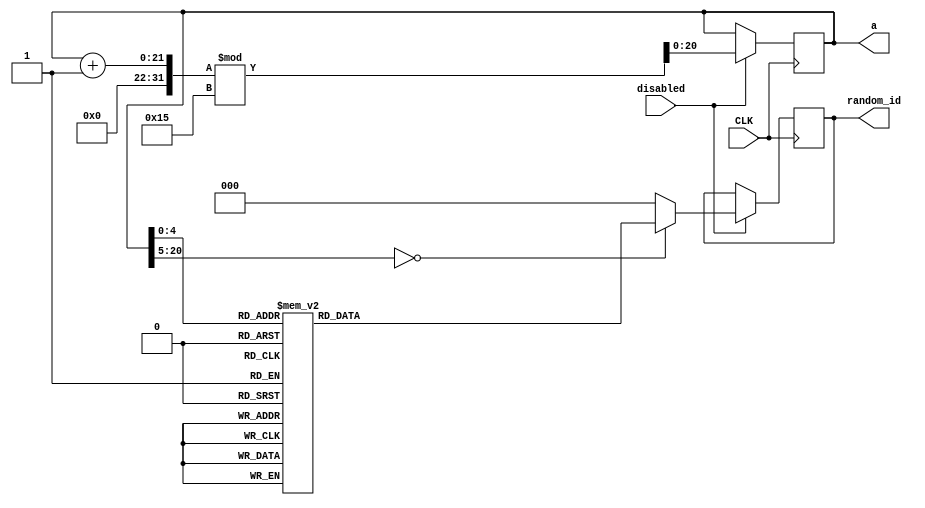
module generate_block(CLK, disabled, a, random_id);
	input CLK, disabled;
	output reg [20:0]a;
	output reg [2 : 0] random_id;
	
	initial 
	begin
		a = 0;
	end
	always@(posedge CLK) begin
		if (!disabled)
			random_id = random_id;
		else
		begin
			case(a) 
				0 :random_id = 3'd3;
				1 :random_id = 3'd6;
				2 :random_id = 3'd5;
				3 :random_id = 3'd1;
				4 :random_id = 3'd2;
				5 :random_id = 3'd0;
				6 :random_id = 3'd4;
				7 :random_id = 3'd2;
				8 :random_id = 3'd1;
				9 :random_id = 3'd6;
				10:random_id = 3'd5;
				11:random_id = 3'd4;
				12:random_id = 3'd3;
				13:random_id = 3'd0;
				14:random_id = 3'd3;
				15:random_id = 3'd4;
				16:random_id = 3'd2;
				17:random_id = 3'd0;
				18:random_id = 3'd5;
				19:random_id = 3'd1;
				20:random_id = 3'd6;
				default:random_id = 3'd0;
			endcase
			a = ( a + 1 ) % 21;
//			random_id <= {$random(seed)} % 7;
//			case(a)
//				0: random = 3'd0;
//				1: random = 3'd1;
//				2: random = 3'd2;
//				3: random = 3'd3;
//				4: random = 3'd4;
//				5: random = 3'd5;
//				6: random = 3'd6;
//				default: random = 3'd0;
//			endcase
		end
	end
endmodule